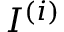
I ^ { ( i ) }